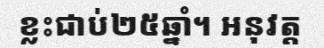
ខ្លះជាប់២៥ឆ្នាំ។ អនុវត្ត